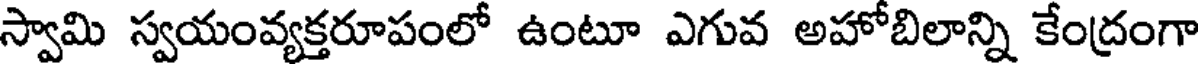
స్వామి స్వయంవ్యక్తరూపంలో ఉంటూ ఎగువ అహోబిలాన్ని కేంద్రంగా